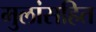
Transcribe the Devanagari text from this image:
मुलांसहित